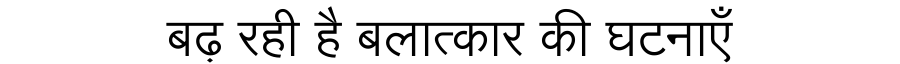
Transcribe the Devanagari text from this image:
बढ़ रही है बलात्कार की घटनाएँ